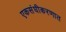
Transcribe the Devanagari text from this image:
एकसंघीकरणात